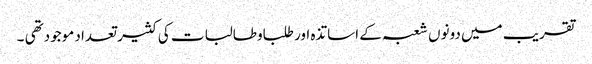
تقریب میں دونوں شعبہ کے اساتذہ اور طلباوطالبات کی کثیر تعداد موجودتھی ۔